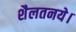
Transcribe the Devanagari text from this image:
शैलतनये।